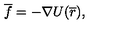
{ \overline { f } } = - { \nabla U } ( { \overline { r } } ) ,